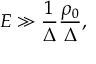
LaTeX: E \gg \frac { 1 } { \Delta } \frac { \rho _ { 0 } } { \Delta } ,